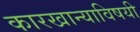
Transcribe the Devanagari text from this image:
कारखान्याविषयी